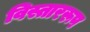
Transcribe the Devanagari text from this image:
विस्ताररूप